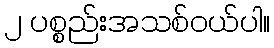
၂ ပစ္စည်းအသစ်ဝယ်ပါ။